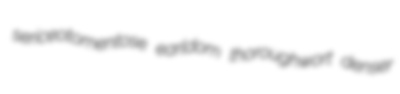
sericeotomentose earldom thoroughwort denser